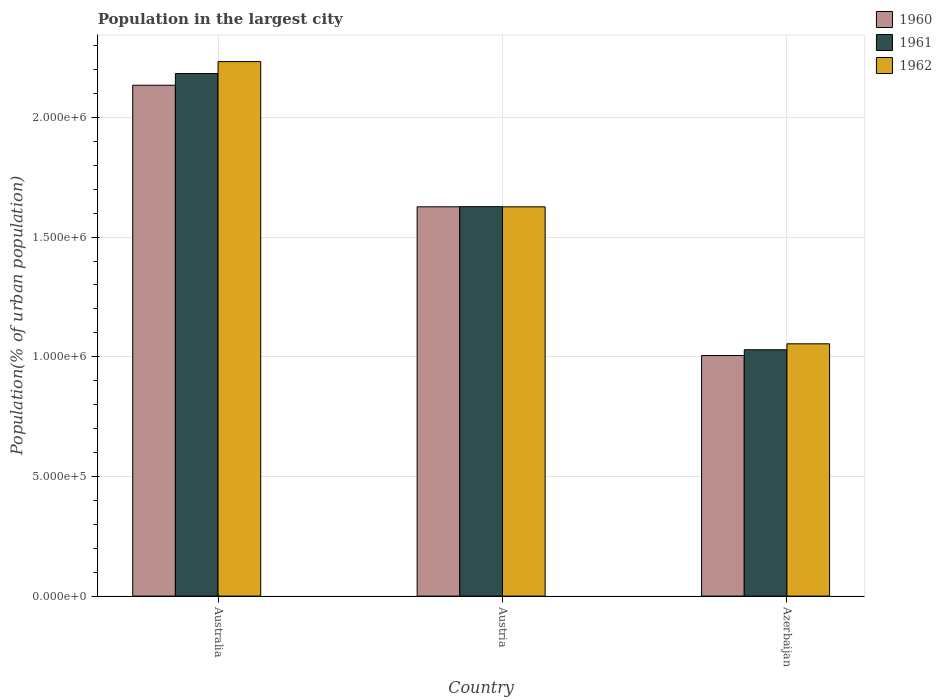
| Country | 1960 | 1961 | 1962 |
 | --- | --- | --- | --- |
 | Australia | 2.13e+06 | 2.18e+06 | 2.23e+06 |
 | Austria | 1.63e+06 | 1.63e+06 | 1.63e+06 |
 | Azerbaijan | 1.01e+06 | 1.03e+06 | 1.05e+06 |